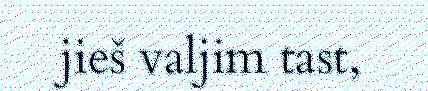
jieš valjim tast,